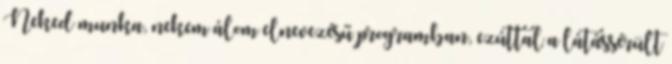
Neked munka, nekem álom elnevezésű programban, ezúttal a látássérült